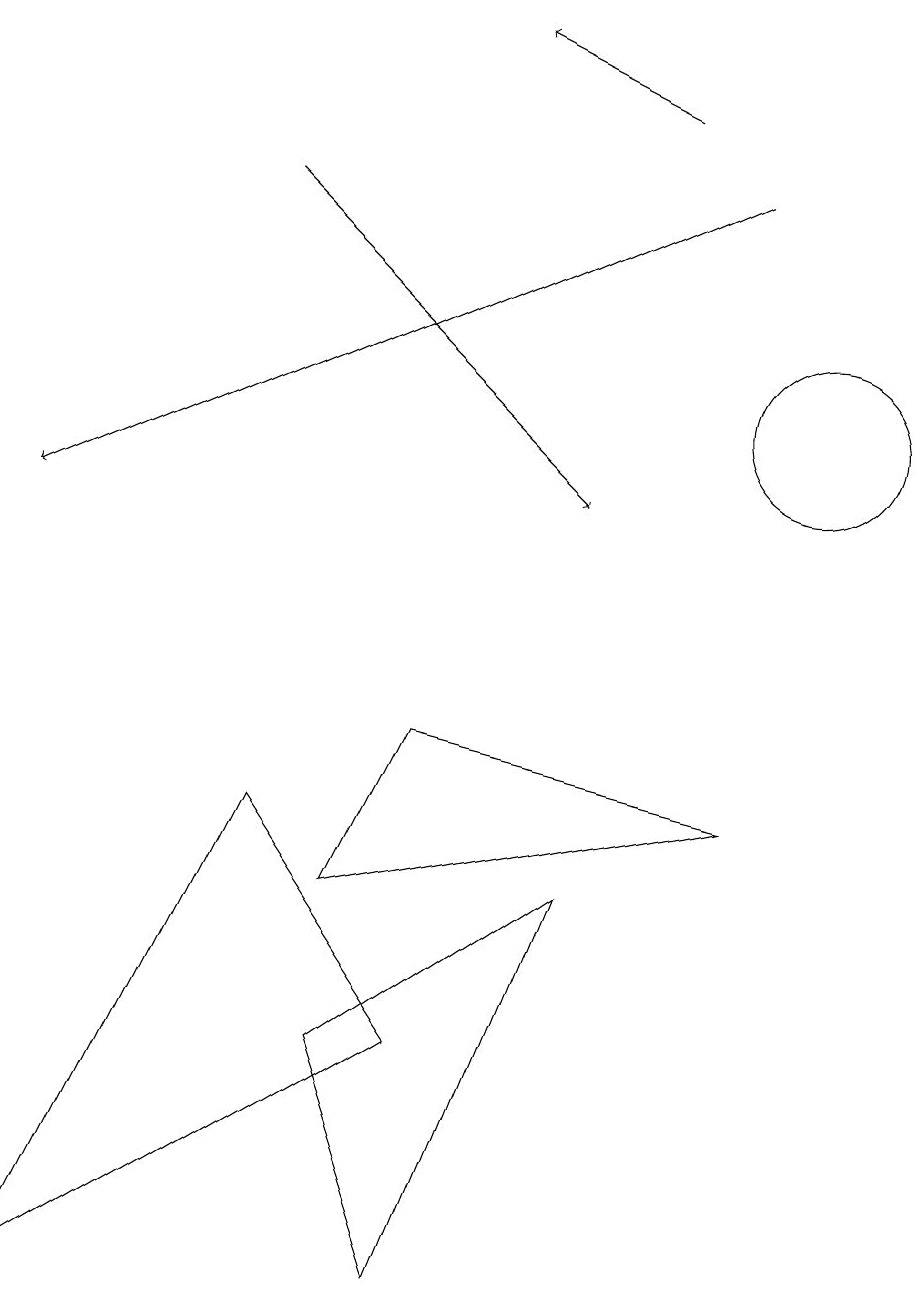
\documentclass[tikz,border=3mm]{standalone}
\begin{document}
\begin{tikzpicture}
\draw[->] (9,15) -- (0,11);
\draw (0,1) -- (5,4) -- (3,7) -- cycle;
\draw[->] (8,16) -- (6,17);
\draw[->] (3,15) -- (7,11);
\draw (4,4) -- (5,1) -- (7,6) -- cycle;
\draw (4,6) -- (5,8) -- (9,7) -- cycle;
\draw (11,10) circle (0);
\draw (10,12) circle (1);
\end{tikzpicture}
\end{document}